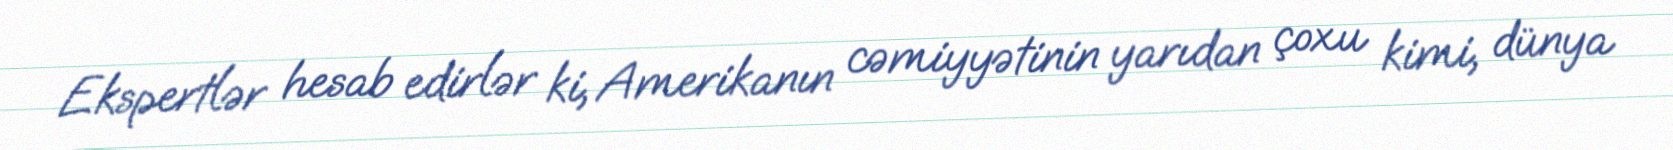
Ekspertlər hesab edirlər ki, Amerikanın cəmiyyətinin yarıdan çoxu kimi, dünya